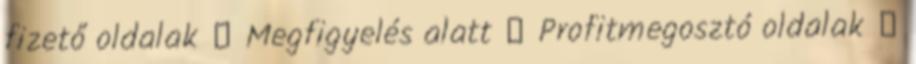
fizető oldalak ↳ Megfigyelés alatt ↳ Profitmegosztó oldalak ↳